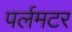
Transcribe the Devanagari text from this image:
पर्लमटर